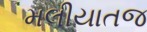
મલીયાતજ